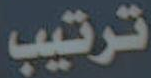
ترتيب